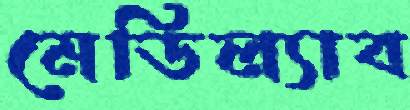
মেডিল্যাব